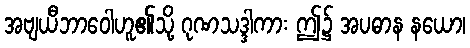
အဗျယီဘာဝေါဟူ၏သို့ ဂုဏသဒ္ဒါကား ဤ၌ အပဓာန နယော၊